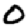
Digit: 2